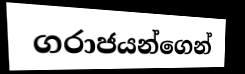
ගරාජයන්ගෙන්